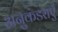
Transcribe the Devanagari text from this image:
अनुकंडराएँ